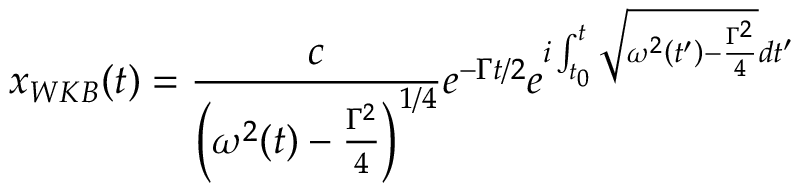
x _ { W K B } ( t ) = \frac { c } { \left( \omega ^ { 2 } ( t ) - \frac { \Gamma ^ { 2 } } { 4 } \right) ^ { 1 / 4 } } e ^ { - \Gamma t / 2 } e ^ { i \int _ { t _ { 0 } } ^ { t } \sqrt { \omega ^ { 2 } \left( t ^ { \prime } \right) - \frac { \Gamma ^ { 2 } } { 4 } } d t ^ { \prime } }